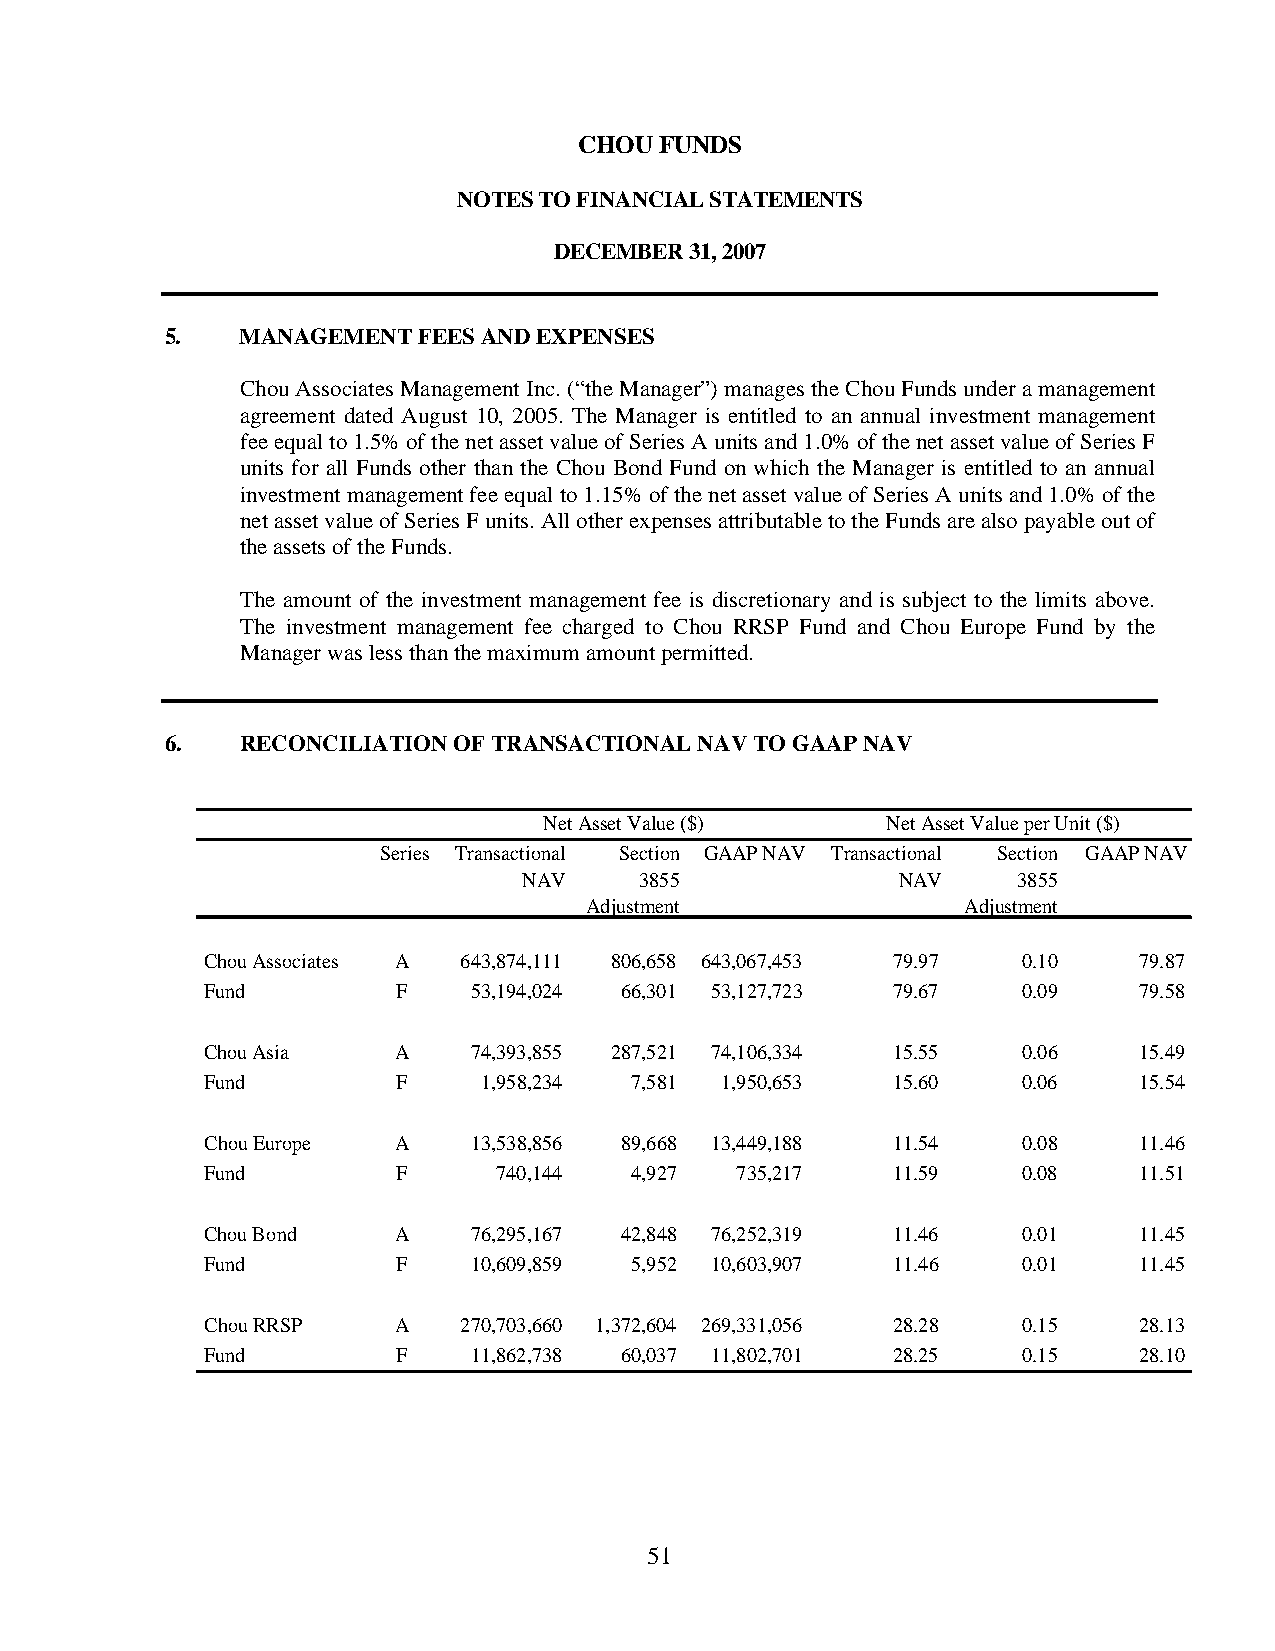
CHOU  FUNDS
 NOTES TO FINANCIAL STATEMENTS
 DECEMBER 31, 2007
 5.   MANAGEMENT  FEES AND EXPENSES
 Chou Associates Management Inc. (“the Manager”) manages the Chou Funds under a management
 agreement dated August 10, 2005. The Manager is entitled to an annual investment management
 fee equal to 1.5% of the net asset value of Series A units and 1.0% of the net asset value of Series F
 units for all Funds other than the Chou Bond Fund on which the Manager is entitled to an annual
 investment management fee equal to 1.15% of the net asset value of Series A units and 1.0% of the
 net asset value of Series F units. All other expenses attributable to the Funds are also payable out of
 the assets of the Funds.
 The amount of the investment management fee is discretionary and is subject to the limits above.
 The investment management fee charged to Chou RRSP Fund and Chou Europe Fund by the
 Manager was less than the maximum amount permitted.
 6.   RECONCILIATION OF TRANSACTIONAL NAV TO GAAP NAV
 Net Asset Value ($)    Net Asset Value per Unit ($)
 Series Transactional Section GAAP NAV Transactional Section GAAP NAV
 NAV    3855             NAV     3855
 Adjustment               Adjustment
 Chou Associates A 643,874,111 806,658 643,067,453 79.97 0.10 79.87
 Fund        F    53,194,024 66,301 53,127,723 79.67   0.09   79.58
 Chou Asia   A    74,393,855 287,521 74,106,334 15.55  0.06   15.49
 Fund        F     1,958,234 7,581 1,950,653  15.60    0.06   15.54
 Chou Europe A    13,538,856 89,668 13,449,188 11.54   0.08   11.46
 Fund        F      740,144  4,927  735,217   11.59    0.08   11.51
 Chou Bond   A    76,295,167 42,848 76,252,319 11.46   0.01   11.45
 Fund        F    10,609,859 5,952 10,603,907 11.46    0.01   11.45
 Chou RRSP   A   270,703,660 1,372,604 269,331,056 28.28 0.15 28.13
 Fund        F    11,862,738 60,037 11,802,701 28.25   0.15   28.10
 51